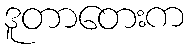
ဒူတာတေးက